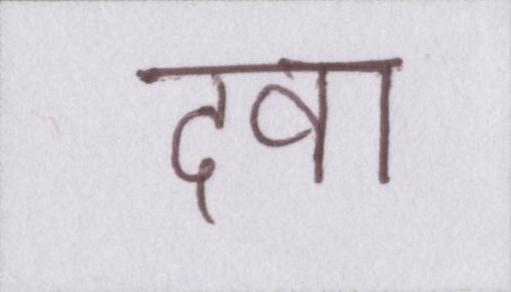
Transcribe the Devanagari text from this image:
दवा